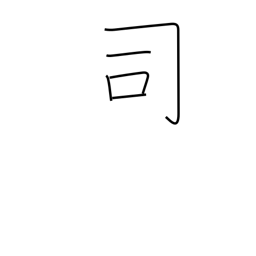
Meaning: director